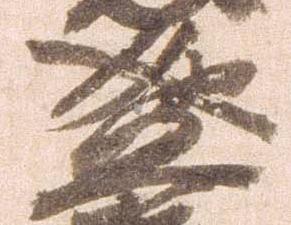
盛